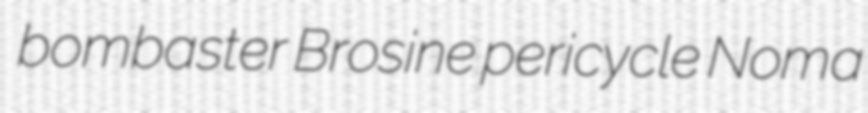
bombaster Brosine pericycle Noma